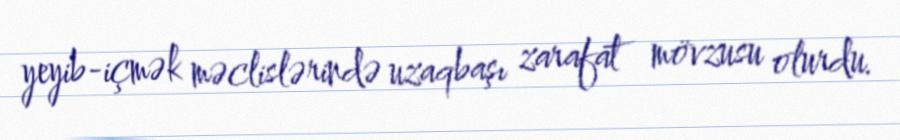
yeyib-içmək məclislərində uzaqbaşı zarafat mövzusu olurdu.